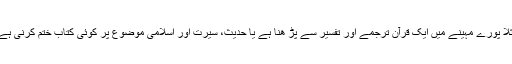
مثلاً پورے مہینے میں ایک قرآن ترجمے اور تفسیر سے پڑ ھنا ہے یا حدیث، سیرت اور اسلامی موضوع پر کوئی کتاب ختم کرنی ہے ۔